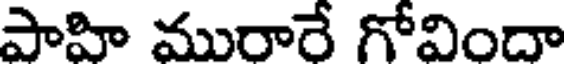
పాహి మురారే గోవిందా